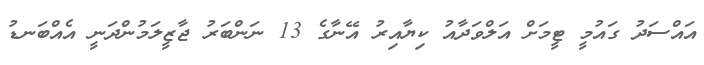
އައްސަދު ގައުމީ ޓީމަށް އަލްވަދާއު ކިޔާއިރު އޭނާގެ 13 ނަންބަރު ޖާޒީލަމުންދަނީ އެއްބަނޑު